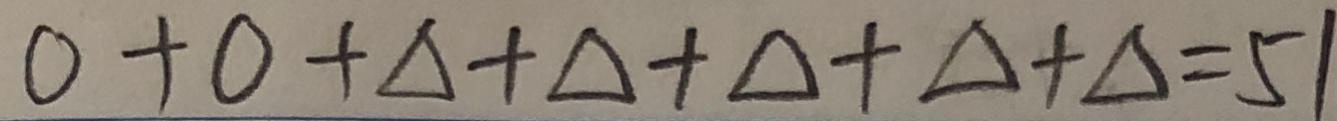
0 + 0 + \Delta + \Delta + \Delta + \Delta + \Delta = 5 1